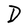
Character: D